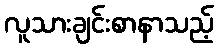
လူသားချင်းစာနာသည့်